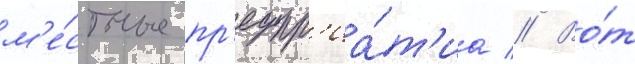
м'е́стные пр'едпр'иа́т'иа // Во́т